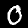
Digit: 0